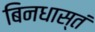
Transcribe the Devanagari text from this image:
बिनधास्तं